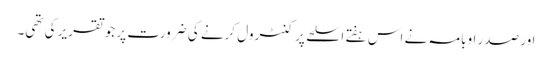
اور صدر اوبامہ نے اس ہفتے اسلحے پر کنٹرول کرنے کی ضرورت پر جو تقریر کی تھی۔